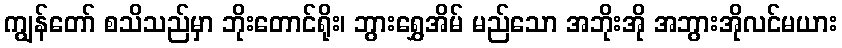
ကျွန်တော် စသိသည်မှာ ဘိုးတောင်ရိုး၊ ဘွားရွှေအိမ် မည်သော အဘိုးအို အဘွားအိုလင်မယား